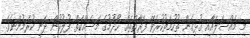
މި މައްސަލައާއި ގުޅިގެން ތުހުމަތުކުރެވޭ ފަރާތްތައް ހޯދުމުގެ މަސައްކަތް ފުލުހުން ދަނީ ކުރަމުންނެވެ.